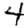
Digit: 4